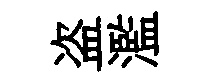
盗濫